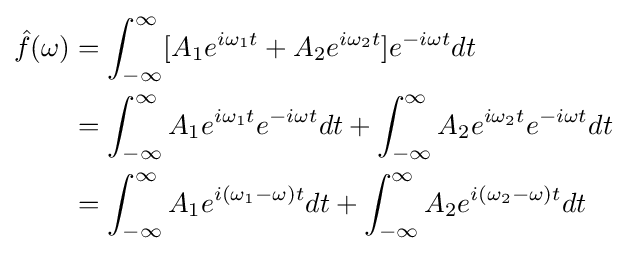
{\begin{aligned}{\hat {f}}(\omega )&=\int _{-\infty }^{\infty }[A_{1}e^{i\omega _{1}t}+A_{2}e^{i\omega _{2}t}]e^{-i\omega t}dt\\&=\int _{-\infty }^{\infty }A_{1}e^{i\omega _{1}t}e^{-i\omega t}dt+\int _{-\infty }^{\infty }A_{2}e^{i\omega _{2}t}e^{-i\omega t}dt\\&=\int _{-\infty }^{\infty }A_{1}e^{i(\omega _{1}-\omega )t}dt+\int _{-\infty }^{\infty }A_{2}e^{i(\omega _{2}-\omega )t}dt\end{aligned}}